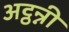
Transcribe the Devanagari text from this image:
अट्ठन्नी